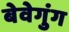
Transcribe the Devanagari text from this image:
बेवेगुंग